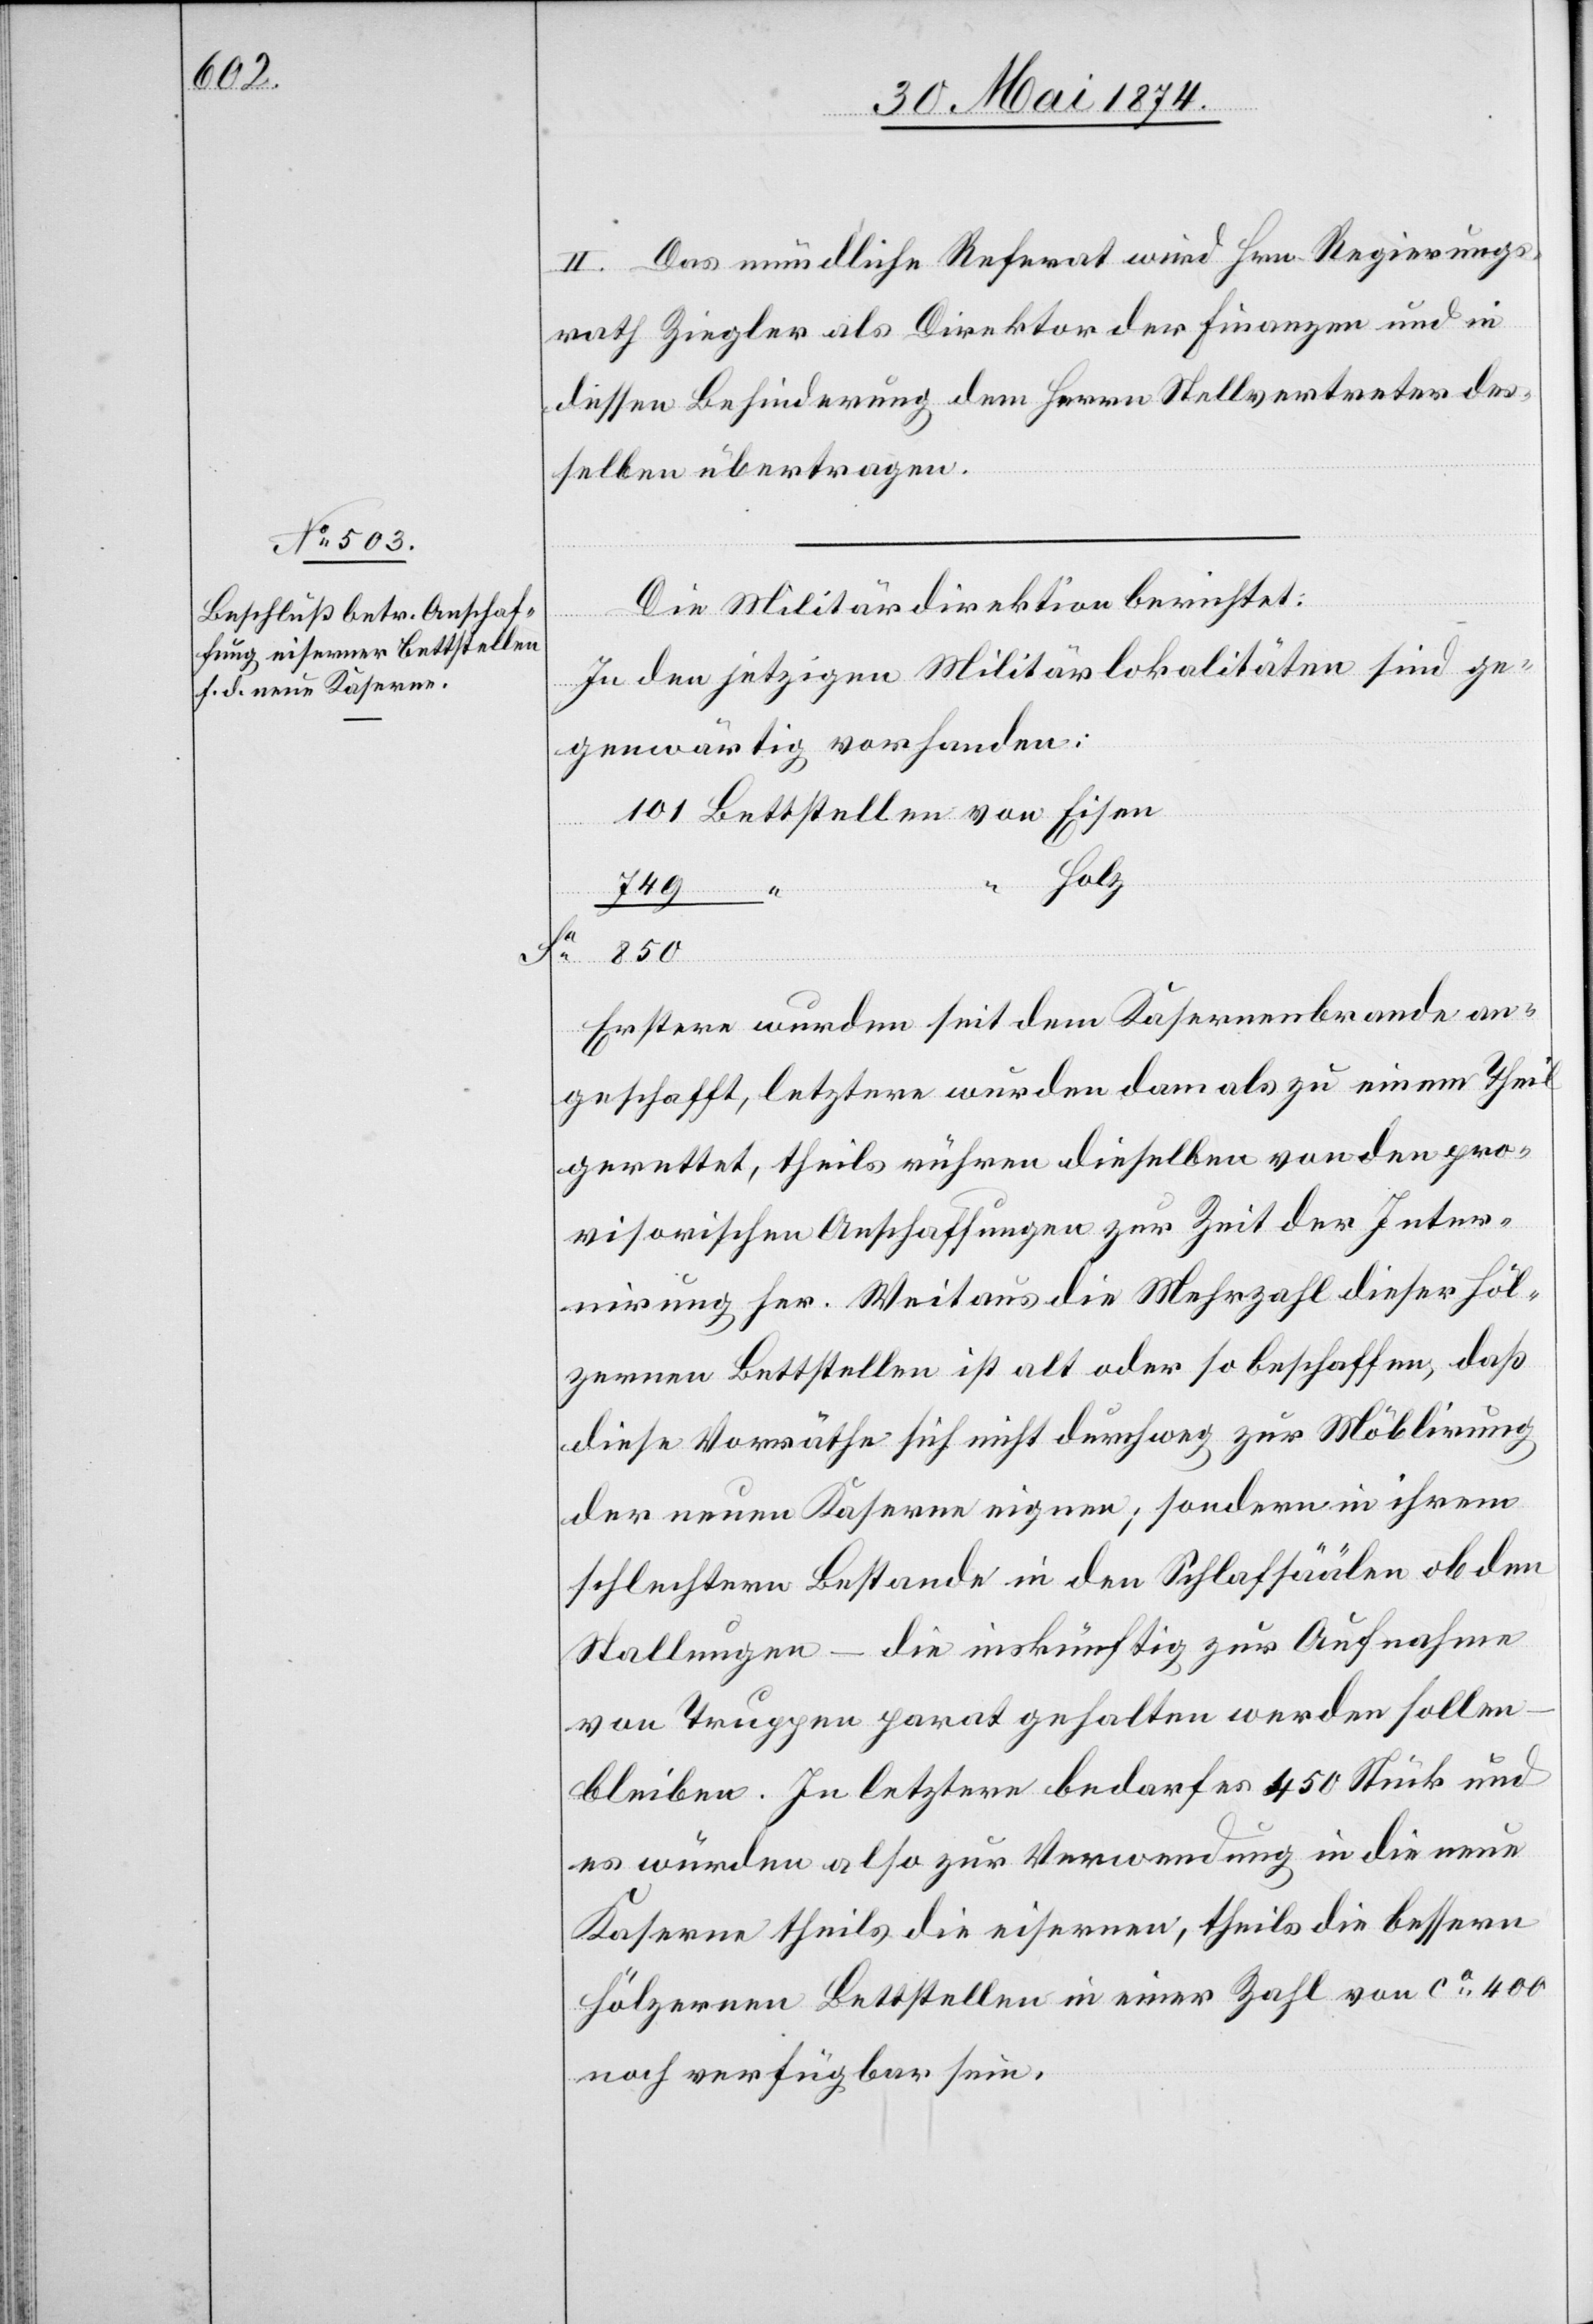
II. Das mündliche Referat wird Hrn. Regierungs¬
rath Ziegler als Direktor der Finanzen und in
dessen Behinderung dem Herrn Stellvertreter des¬
selben übertragen.
Die Militärdirektion berichtet:
In den jetzigen Militärlokalitäten sind ge¬
genwärtig vorhanden:
850
Holz
Eisen
749
Erstere wurden seit dem Kasernenbrande an¬
geschafft, letztere wurden damals zu einem Theil
gerettet, theils rühren dieselben von den pro¬
visorischen Anschaffungen zur Zeit der Inter¬
nirung her. Weitaus die Mehrzahl dieser Höl¬
zernern Bettstellen ist alt oder so beschaffen, daß
diese Vorräthe sich nicht durchweg zur Möblirung
der neuen Kaserne eignen; sondern in ihrem
schlechten Bestande in den Schlafsäälen ob den
Stallungen – die inskünftig zur Aufnahme
von Truppen parat gehalten werden sollen
bleiben. In letztern bedarf es 450 Stück und
es würden also zur Verwendung in die neue
Kaserne theils die eisernen, theils die besseren
hölzernen Bettstellen in einer Zahl von ca 400
noch verfügbar sein.